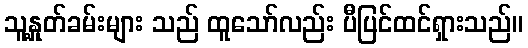
သူ့နှုတ်ခမ်းများ သည် ထူသော်လည်း ပီပြင်ထင်ရှားသည်။